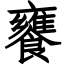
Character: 饔